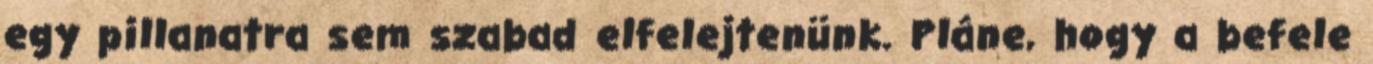
egy pillanatra sem szabad elfelejtenünk. Pláne, hogy a befele